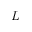
L